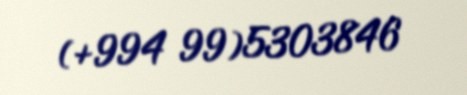
(+994 99)5303846